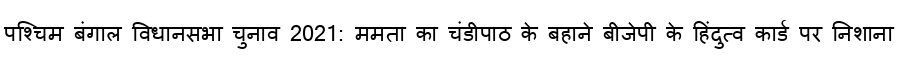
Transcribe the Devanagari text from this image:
पश्चिम बंगाल विधानसभा चुनाव 2021: ममता का चंडीपाठ के बहाने बीजेपी के हिंदुत्व कार्ड पर निशाना